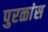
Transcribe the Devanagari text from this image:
पुरळांस